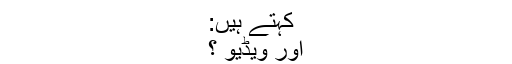
کہتے ہیں:
اور ویڈیو ؟